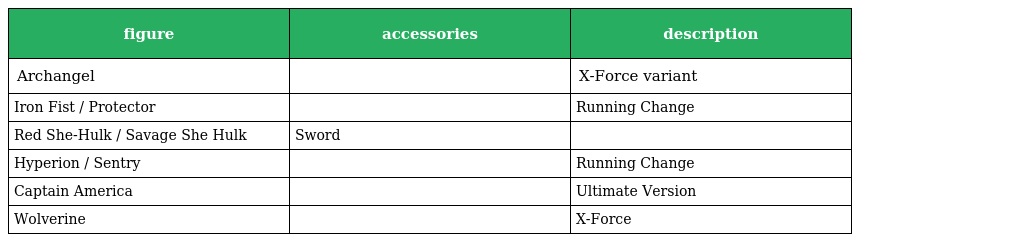
| figure | accessories | description |
 | --- | --- | --- |
 | Archangel |  | X-Force variant |
 | Iron Fist / Protector |  | Running Change |
 | Red She-Hulk / Savage She Hulk | Sword |  |
 | Hyperion / Sentry |  | Running Change |
 | Captain America |  | Ultimate Version |
 | Wolverine |  | X-Force |